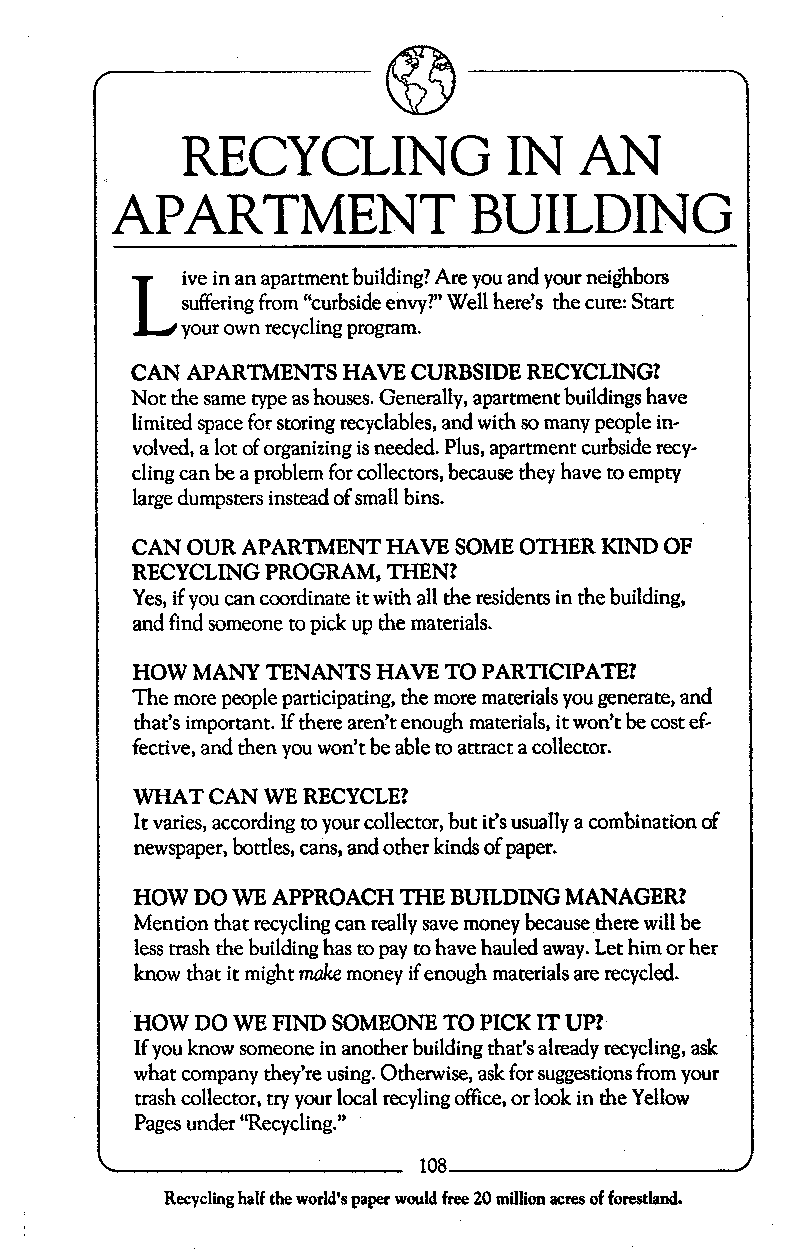
RECYCLING             IN  AN
 APARTMENT               BUILDING
 L  ive in an apartment building? Are you and your neighbors
 suffering from “curbside envy?”W ell here’s the cure: Start
 your own recycling program.
 CAN APARTMENTS HAVE CURBSIDE RECYCLING?
 Not the same type as houses. Generally, apartment buildings have
 limited space for storing recyclables, and with so many people in-
 volved, a lot of organizing is needed. Plus, apartment curbside recy-
 cling can be a problem for collectors, because they have to empty
 large dumpsters instead of small bins.
 CAN OUR APARTMENT HAVE SOME OTHER KIND OF
 RECYCLING PROGRAM, THEN?
 Yes, if you can coordinate it with all the residents in the building,
 and find someone to pick up the materials.
 HOW MANY TENANTS HAVE TO PARTICIPATEl
 The more people participating, the more materials you generate, and
 that’s important. If there aren’t enough materials, it won’t be cost ef-
 fective, and then you won’t be able to attract a collector.
 WHAT CAN WE RECYCLE?
 It varies, according to your collector, but it‘s usually a combination of
 newspaper, bottles, cans, and other kinds of paper.
 HOW DO WE APPROACH THE BUILDING MANAGER?
 Mention that recycling can really save money because there will be
 less trash the building has to pay to have hauled away. Let him or her
 know that it might make money if enough materials are recycled.
 HOW DO WE FIND SOMEONE TO PICK IT UP?
 If you know someone in another building that’s already recycling, ask
 what company they’re using. Otherwise, ask for suggestionsf rom your
 trash collector, try your local recyling office, or look in the Yellow
 Pages under “Recycling.”
 a
 108
 Recycling half the world’s paper would free 20 million acres of forestland.